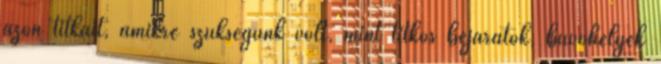
azon titkait, amikre szükségünk volt, mint titkos bejáratok, búvóhelyek